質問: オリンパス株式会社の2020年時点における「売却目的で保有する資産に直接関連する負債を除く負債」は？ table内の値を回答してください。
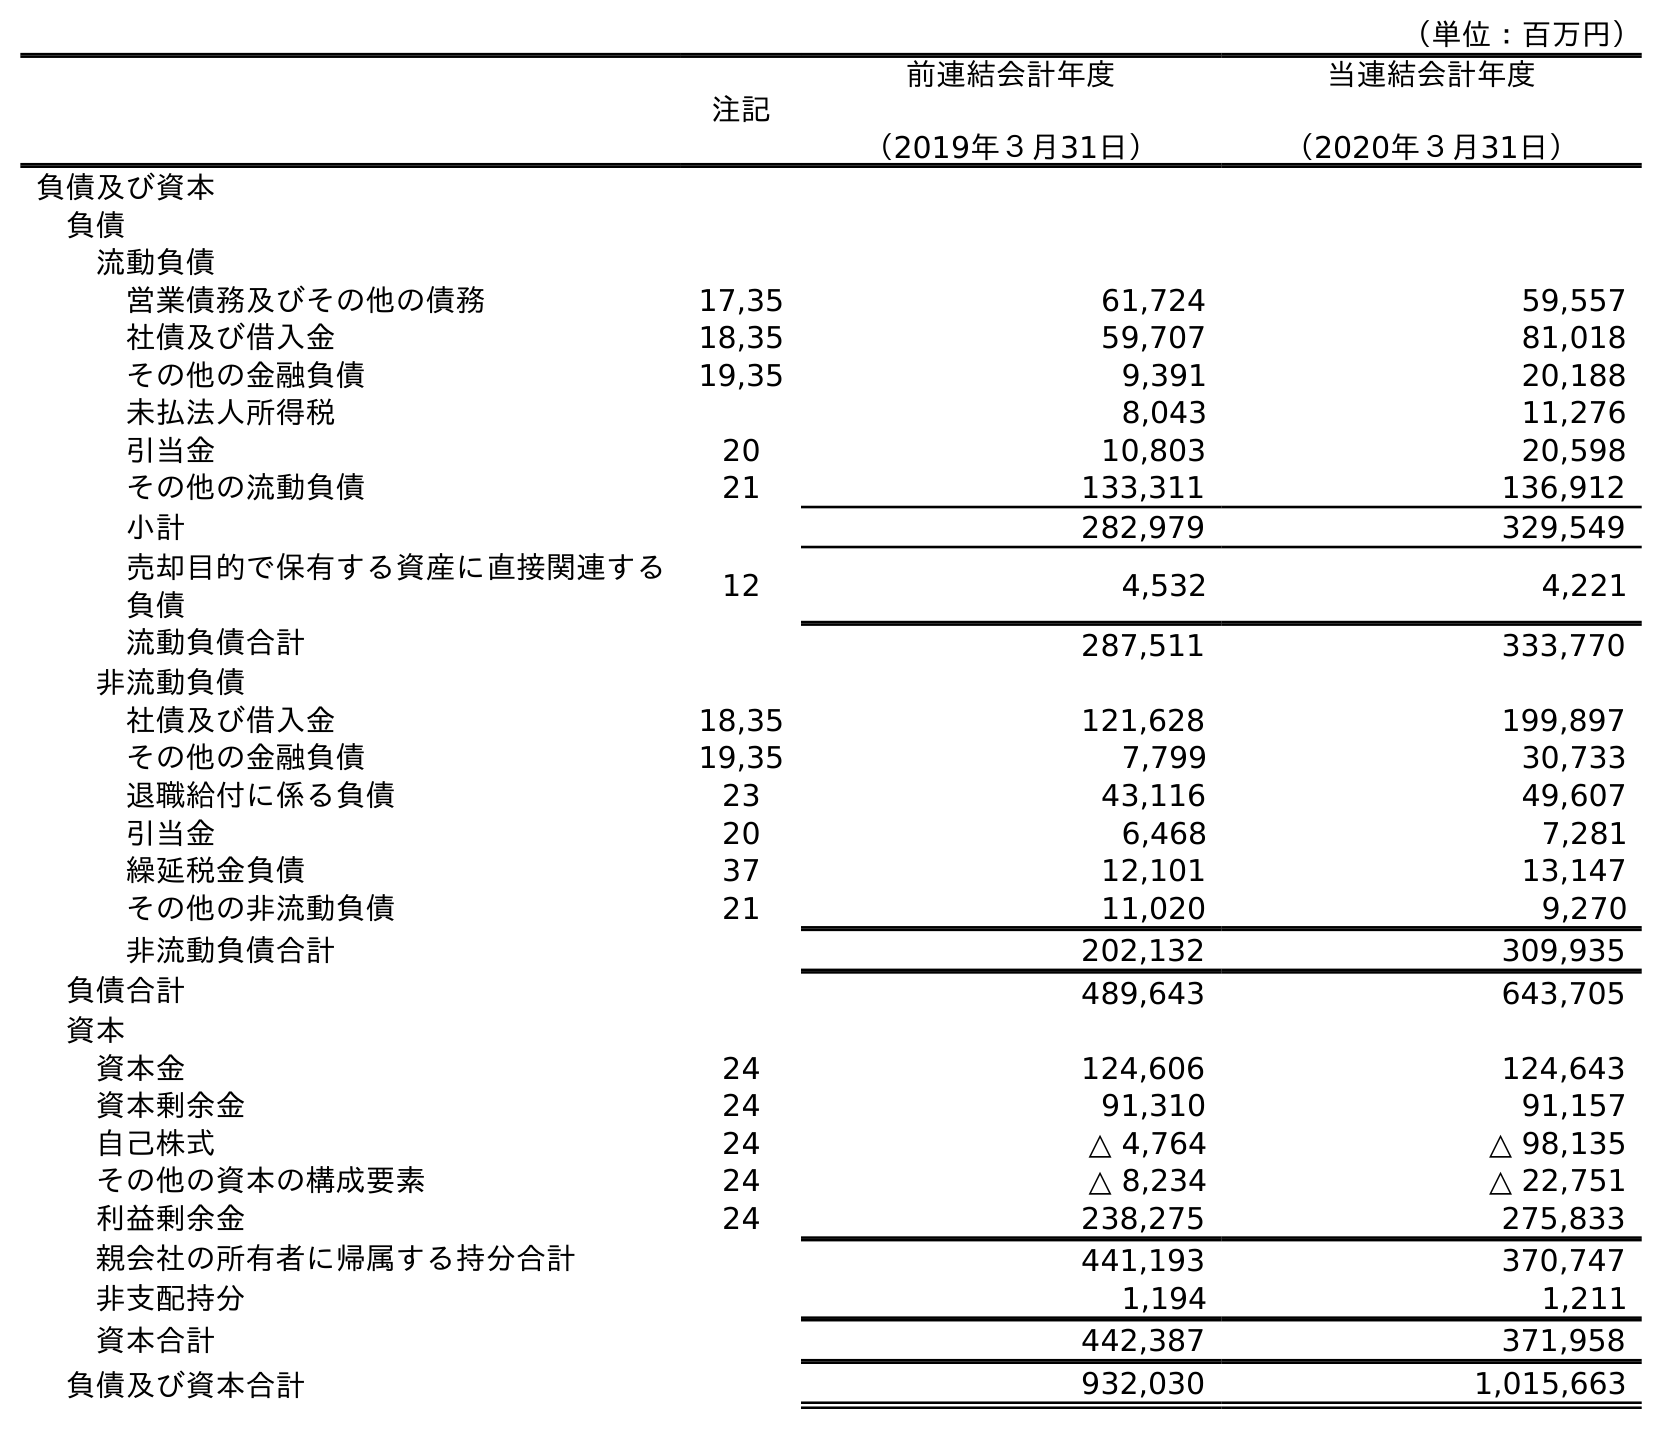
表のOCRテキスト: （単位：百万円） 注記 前連結会計年度 （2019年３月31日） 当連結会計年度 （2020年３月31日） 負債及び資本 負債 流動負債 営業債務及びその他の債務 17,35 61,724 59,557 社債及び借入金 18,35 59,707 81,018 その他の金融負債 19,35 9,391 20,188 未払法人所得税 8,043 11,276 引当金 20 10,803 20,598 その他の流動負債 21 133,311 136,912 小計 282,979 329,549 売却目的で保有する資産に直接関連する 負債 12 4,532 4,221 流動負債合計 287,511 333,770 非流動負債 社債及び借入金 18,35 121,628 199,897 その他の金融負債 19,35 7,799 30,733 退職給付に係る負債 23 43,116 49,607 引当金 20 6,468 7,281 繰延税金負債 37 12,101 13,147 その他の非流動負債 21 11,020 9,270 非流動負債合計 202,132 309,935 負債合計 489,643 643,705 資本 資本金 24 124,606 124,643 資本剰余金 24 91,310 91,157 自己株式 24 △ 4,764 △ 98,135 その他の資本の構成要素 24 △ 8,234 △ 22,751 利益剰余金 24 238,275 275,833 親会社の所有者に帰属する持分合計 441,193 370,747 非支配持分 1,194 1,211 資本合計 442,387 371,958 負債及び資本合計 932,030 1,015,663
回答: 329,549